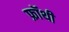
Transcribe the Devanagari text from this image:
फ्रॉथी